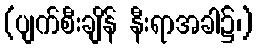
(ပျက်စီးချိန် နီးရာအခါ၌၊)